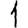
Digit: 1